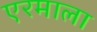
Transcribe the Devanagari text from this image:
एरमाला